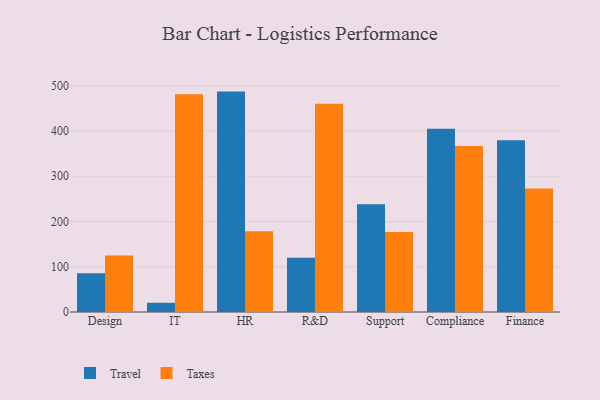
{"axis": {"x": "Department", "y": "Energy Usage (MWh)"}, "legend": ["Taxes", "Travel"], "data": [{"x": "Design", "y": 85.7, "type": "Travel"}, {"x": "Design", "y": 124.8, "type": "Taxes"}, {"x": "IT", "y": 20.4, "type": "Travel"}, {"x": "IT", "y": 481.1, "type": "Taxes"}, {"x": "HR", "y": 486.9, "type": "Travel"}, {"x": "HR", "y": 178.4, "type": "Taxes"}, {"x": "R&D", "y": 120.0, "type": "Travel"}, {"x": "R&D", "y": 459.9, "type": "Taxes"}, {"x": "Support", "y": 238.1, "type": "Travel"}, {"x": "Support", "y": 176.6, "type": "Taxes"}, {"x": "Compliance", "y": 404.6, "type": "Travel"}, {"x": "Compliance", "y": 366.5, "type": "Taxes"}, {"x": "Finance", "y": 379.6, "type": "Travel"}, {"x": "Finance", "y": 272.9, "type": "Taxes"}]}